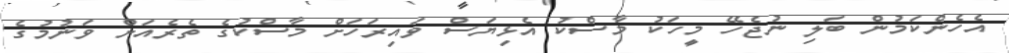
އެހެންކަމުން ބަލި ނުޖެހޭ މީހަކު މާސްކު އެޅިޔަސް ވައިރަހަށް މާސްކުގެ ތެރެއަށް ވަނުމުގެ